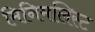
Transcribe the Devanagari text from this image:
मिनिमलिस्ट